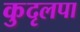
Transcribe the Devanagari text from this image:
कुदृलपा